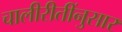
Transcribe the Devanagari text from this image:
चालीरीतींनुसार